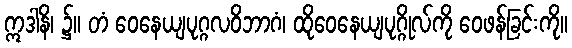
ဣဒါနိ၊ ၌။ တံ ဝေနေယျပုဂ္ဂလဝိဘာဂံ၊ ထိုဝေနေယျပုဂ္ဂိုလ်ကို ဝေဖန်ခြင်းကို။